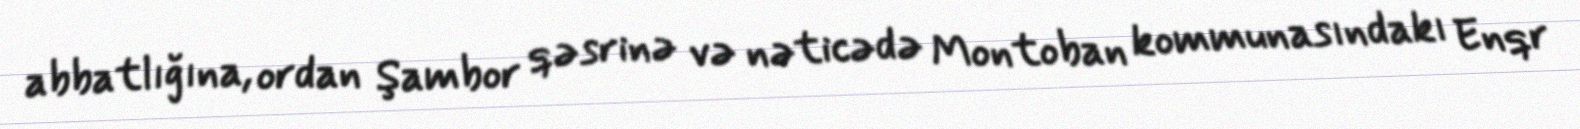
abbatlığına, ordan Şambor qəsrinə və nəticədə Montoban kommunasındakı Enqr